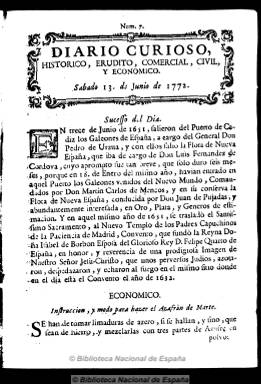
Título: Diario curioso, histórico, erudito, comercial, civil y económico
Colección: Periódicos anteriores a 1850
Ámbito geográfico: Barcelona
Lugar de publicación: Barcelona
Fechas: 13/06/1772-31/01/1773

Es el título que, a partir del 13 de junio de 1772, el agente de negocios barcelonés Pedro Ángel de Tarazona, le da al periódico que había comenzado a publicar el uno de junio de ese año, como Diario evangélico, histórico-político. Tras publicar seis números con este título y una semana de intervalo, la nueva cabecera continúa su numeración. Tarazona recupera así el título que le había dado al primer diario editado en Barcelona y al segundo en España, en 1762, reduciendo los contenidos de carácter religioso y aumentando los eruditos, divulgativos y económicos, y dándole, por tanto, un carácter más laico.

En números de cuatro páginas y a una columna, cada edición comienza con un breve artículo bajo el epígrafe de Suceso del día, que se trata más bien de una efeméride de carácter histórico, y que después sustituirá por el Santo del día, ofreciendo una breve semblanza biográfica del mismo. A estas secciones le siguen otras, con breves artículos y reseñas de carácter divulgativo, literario, histórico, económico, técnico o de entretenimiento, siendo estas composiciones poéticas y satíricas (enigmas, décimas, chistes, etc.).

Los contenidos de carácter comercial y económico, a dos columnas, se reducen a breves noticias locales, en concreto al movimiento del puerto marítimo barcelonés, y a otras que engloba bajo el titular Noticias familiares, que no son otras que ofertas de empleo doméstico, pérdidas o venta de objetos, etc.

La cabecera de la publicación está acompañada de un grabado con el escudo de la ciudad de Barcelona, y la publicación sale de las prensas de la imprenta de Carlos Casas, y en alguna ocasión de la de Juan Forns.

Su colección en la Biblioteca Nacional de España acaba el 31 de enero de 1773, pero cesó su publicación el 30 de julio de 1773. Tarazona, considerado como el Mariano Nipho barcelonés, lo continuó publicando, pero como Semanario curioso, erudito, comercial y económico, hasta 1775, aumentando así la frecuencia de aparición del periódico del que había obtenido privilegio real para su publicación, lo que demuestra las dificultades económicas de su editor y la escasa acogida que tenía el diario.